Vaccination returns of the Province of Eastern Bengal and Assam - 1905-1912
Year: 1905
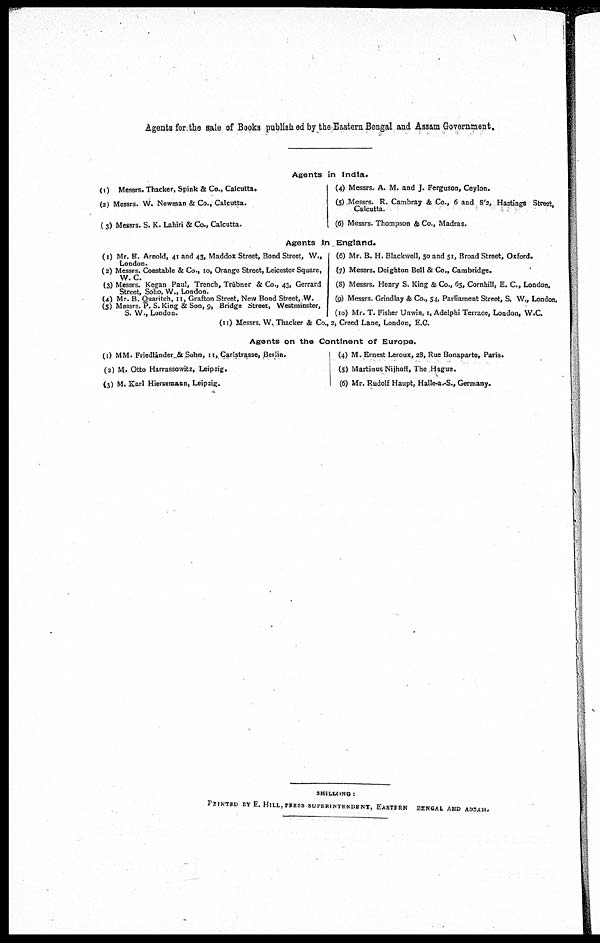
Agents for the sale of Books published by the Eastern Bengal and Assam Government.
Agents in India.
(1) Messrs. Thacker, Spink & Co., Calcutta.
(2) Messrs. W. Newman & Co., Calcutta.
(3) Messrs. S. K. Lahiri & Co., Calcutta.
(4) Messrs. A. M. and J. Ferguson, Ceylon.
(5) Messrs. R. Cambray & Co., 6 and 8/2, Hastings Street,
Calcutta.
(6) Messrs. Thompson & Co., Madras.
Agents In England.
(1) Mr. E. Arnold, 41 and 43, Maddox Street, Bond Street, W.,
London.
(2) Messrs. Constable & Co., 10, Orange Street, Leicester Square,
W. C.
(3) Messrs. Kegan Paul, Trench, Trübner & Co., 43, Gerrard
Street, Soho, W., London.
(4) Mr. B. Quaritch,11, Grafton Street, New Bond Street, W.
(5) Messrs. P. S. King & Son, 9, Bridge Street, Westminster,
S. W., London.
(6) Mr. B. H. Blackwell, 50 and 51, Broad Street, Oxford.
(7) Messrs. Deighton Bell & Co., Cambridge.
(8) Messrs. Henry S. King & Co., 65, Cornhill, E. C, London.
(9) Messrs. Grindlay & Co., 54, Parliament Street, S. W., London.
(10) Mr. T. Fisher Unwin, 1, Adelphi Terrace, London, W.C.
(11) Messrs. W. Thacker & Co., 2, Creed Lane, London, E.C.
Agents on the Continent of Europe.
(1) MM. Friedländer & Sohn, 11, Carlstrasse, Berlin.
(2) M. Otto Harrassowitz, Leipzig.
(3) M. Karl Hiersemann, Leipzig.
(4) M. Ernest Leroux, 28, Rue Bonaparte, Paris.
(5) Martiaus Nijhoff, The Hague.
(6) Mr. Rudolf Haupt, Halle-a.-S., Germany.
SHILLONG :
PRINTED BY E. HILL PRESS SUPERINTENDENT, EASTERN BENGAL AND ASSAM.